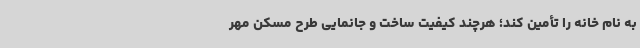
به نام خانه را تأمین کند؛ هرچند کیفیت ساخت و جانمایی طرح مسکن مهر